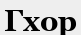
Гхор